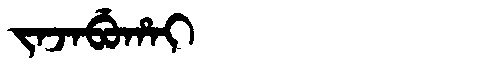
Manchu: ᠵᠠᠵᠠᠪᡠᡥᠠᡳ
Romanization: JAJABUHAI